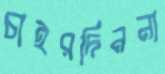
চাইরদিননা